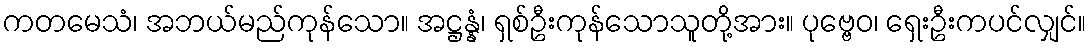
ကတမေသံ၊ အဘယ်မည်ကုန်သော။ အဋ္ဌန္နံ၊ ရှစ်ဦးကုန်သောသူတို့အား။ ပုဗ္ဗေဝ၊ ရှေးဦးကပင်လျှင်။